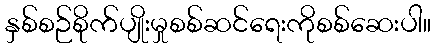
နှစ်စဉ်စိုက်ပျိုးမှုစစ်ဆင်ရေးကိုစစ်ဆေးပါ။